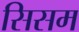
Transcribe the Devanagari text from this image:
सिसम